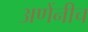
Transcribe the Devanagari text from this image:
अणेंनीच